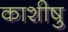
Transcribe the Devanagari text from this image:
काशीषु